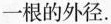
一根的外径。